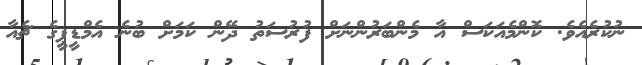
ނުކުރެއެވެ. ކޮންމެއަކަސް އާ މެންބަރުންނަށް ފުރުސަތު ދޭން ކަމަށް ބުނެ އެމްޑީޕީގެ ޗެއާ